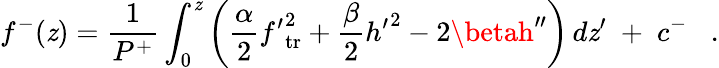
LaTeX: f^{-}(\mathit{z})={\frac{{1}}{{P^{+}}}}\int_{0}^{\mathit{z}}\left({\frac{{\alpha}}{{2}}}{f^{\prime}}_{\mathrm{{tr}}}^{2}+{\frac{{\beta}}{{2}}}{h^{\prime}}^{2}-2\betah^{\prime\prime}\right)\, d\mathit{z}^{\prime}\; +\; c^{-}\; \; \; .